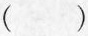
()